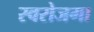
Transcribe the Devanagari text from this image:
स्‍वरोजगा